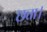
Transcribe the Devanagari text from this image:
छत्ता।